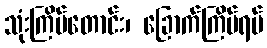
သုံးကြိမ်တောင်း၊ ခြောက်ကြိမ်ရပ်